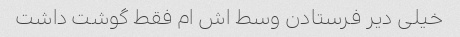
خیلی دیر فرستادن وسط اش ام فقط گوشت داشت